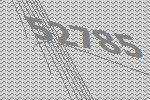
52785